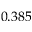
0 . 3 8 5